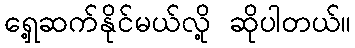
ရှေ့ဆက်နိုင်မယ်လို့ ဆိုပါတယ်။